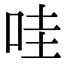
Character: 哇